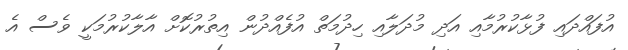
އުފައްދައި ފުޅާކުރުމާއި އަދި މުދަލާއި ހިދުމަތް އުފެއްދުން އިތުރުކޮށް އާލާކުރުމަކީ ވެސް އެ